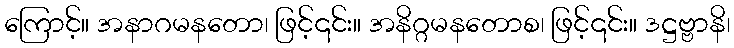
ကြောင့်။ အနာဂမနတော၊ ဖြင့်၎င်း။ အနိဂ္ဂမနတောစ၊ ဖြင့်၎င်း။ ဒဋ္ဌဗ္ဗာနိ၊